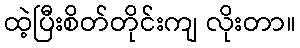
ထဲ့ပြီးစိတ်တိုင်းကျ လိုးတာ။